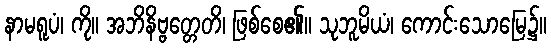
နာမရူပံ၊ ကို။ အဘိနိဗ္ဗတ္တေတိ၊ ဖြစ်စေ၏။ သုဘူမိယံ၊ ကောင်းသောမြေ၌။